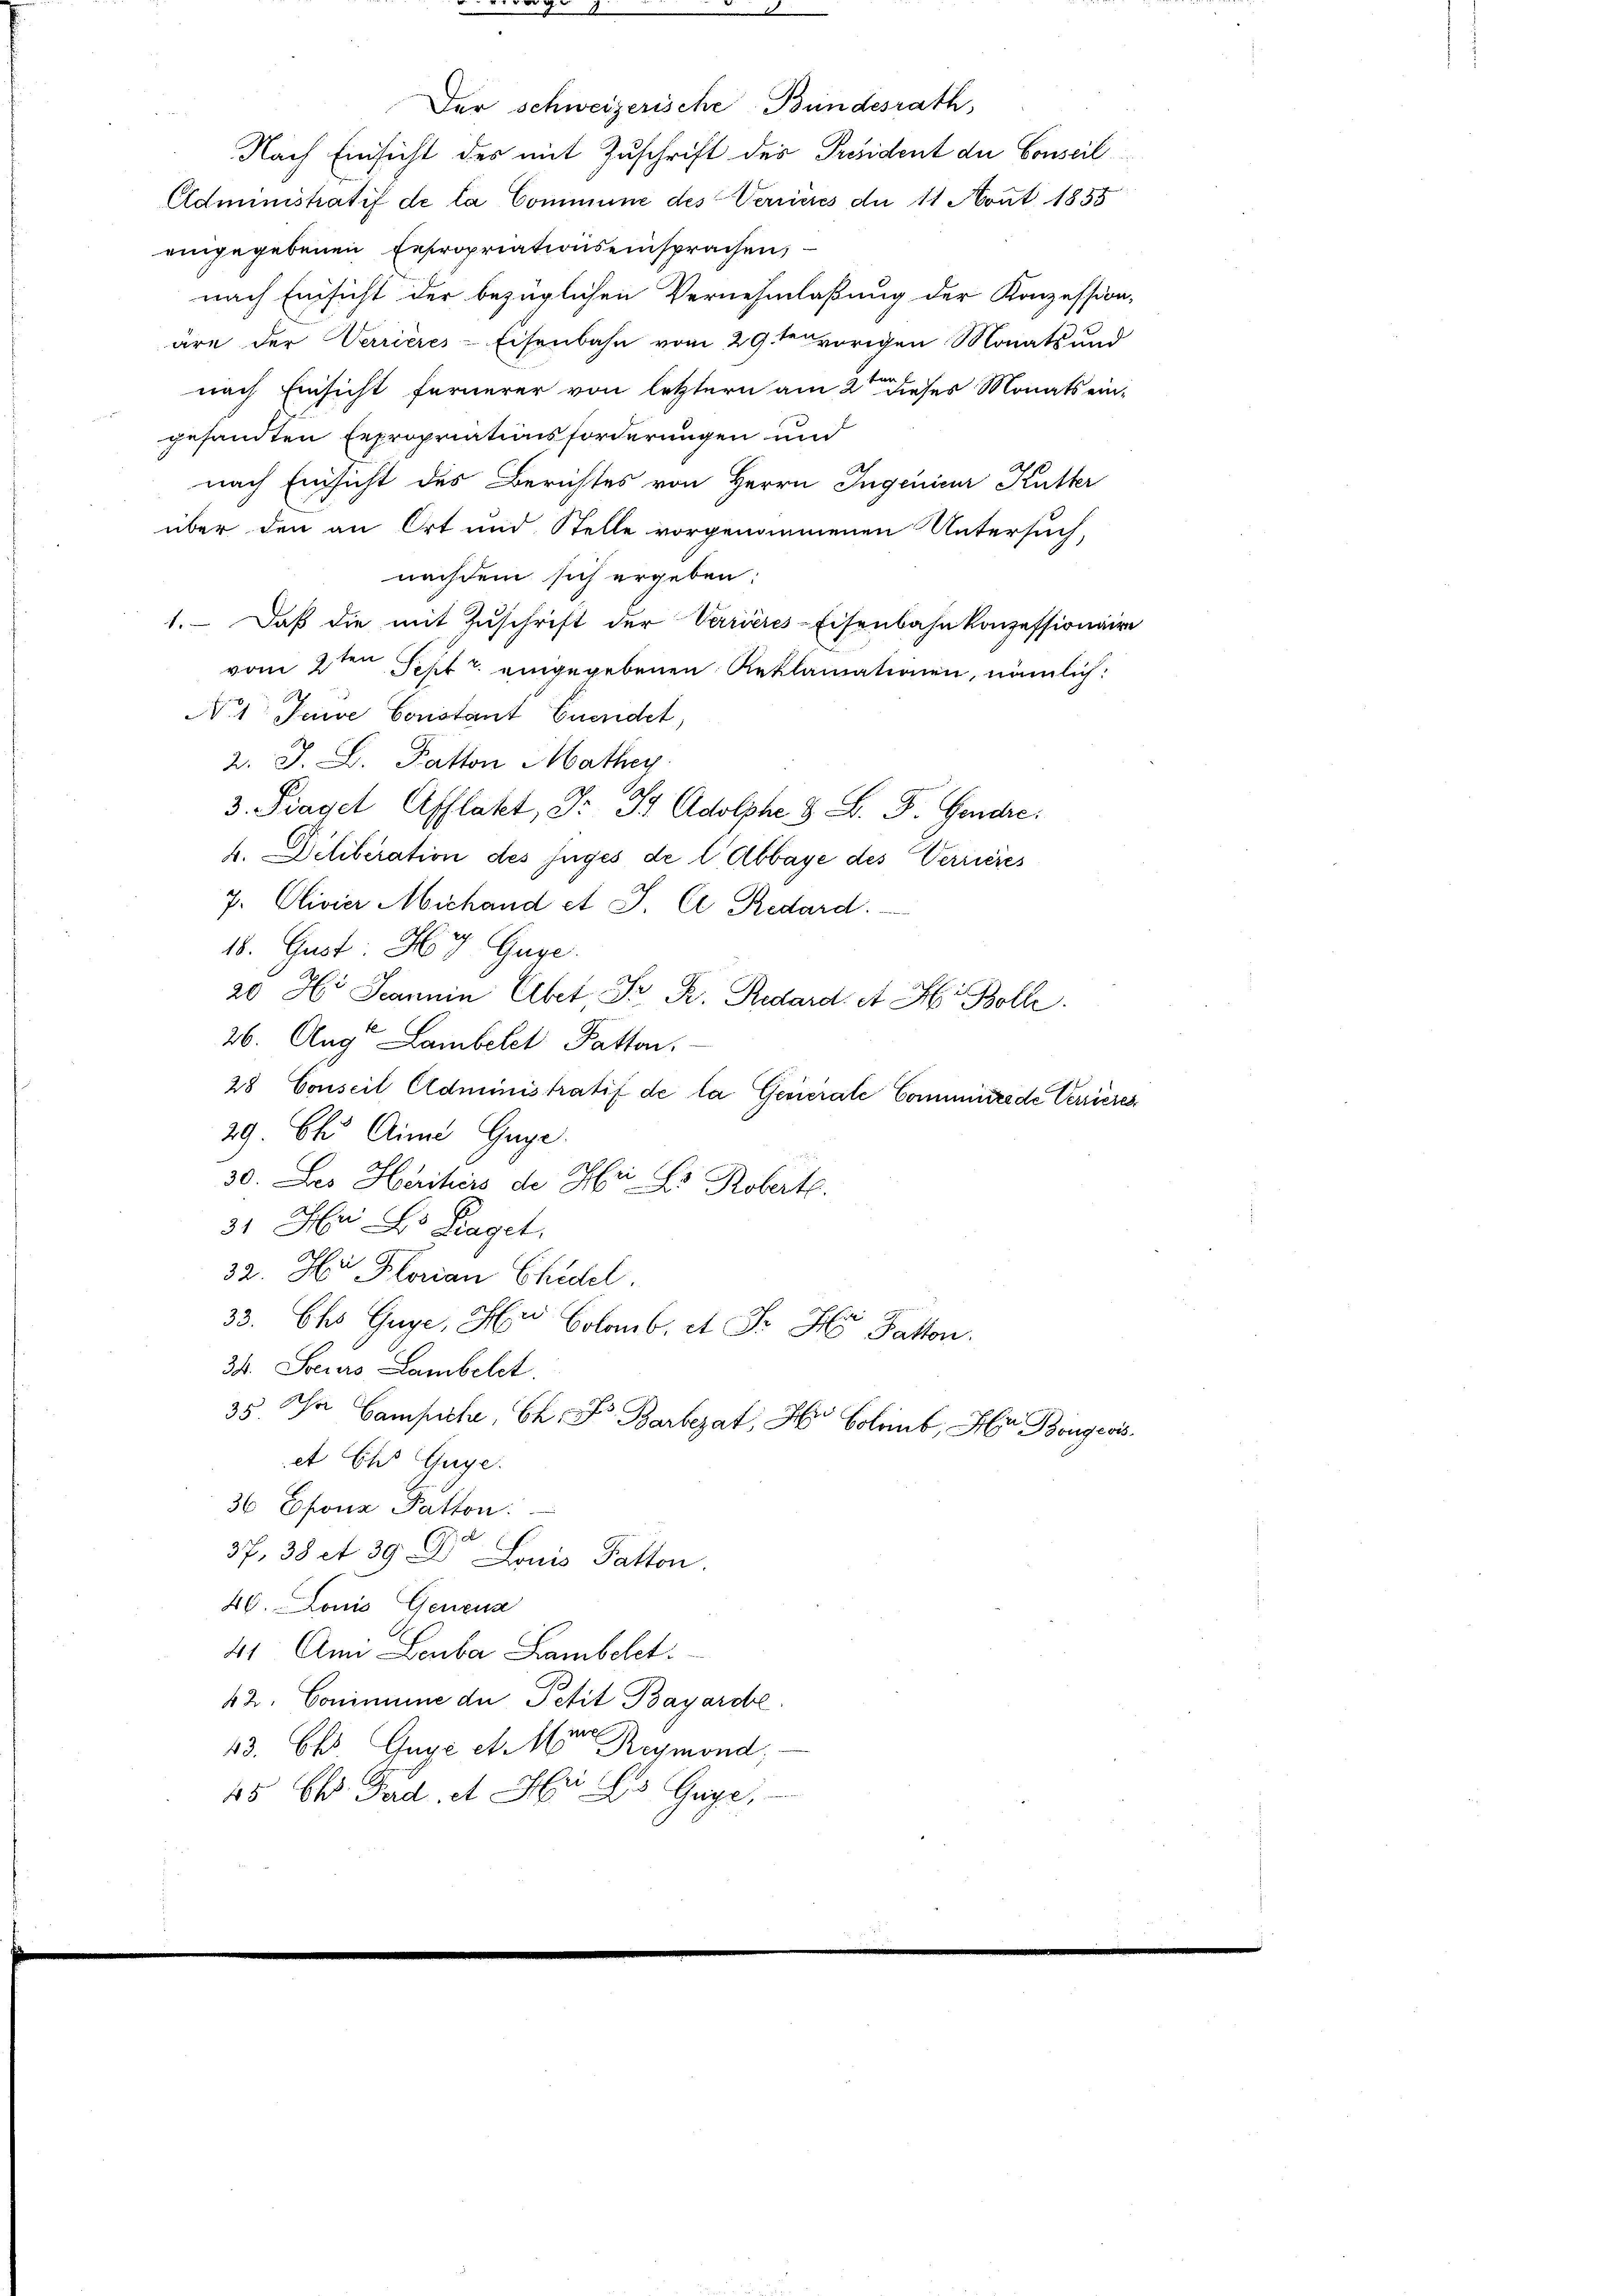
Der Schweizerische Bundesrath,
Nach Einsicht des mit Zuschrift des Präsident der Conseil
Administratif de la Commune des Verrieres du 11 Nout 1855
eingegebenen Expropriationseinsprachen,
nach Einsicht der bezüglichen Vernehmlaßung der Konzession,
äre der Verrières-Eisenbahn vom 29ten vorigen Monats und
nach Einsicht fernerer von letztern am 2ten dieses Monats eingesandten Expropriationsforderungen und
nach Einsicht des Berichtes von Herrn Ingenieur Kutter
über den an Ort und Stelle vorgenommenen Untersuch,
nachdem sich ergeben:
1. Daß die mit Zuschrift der Varieres-Eisenbahnkonzessionaire
vom 2ten Sept v. eingegebenen Reklamationen, nämlich:
No 1 Juive Constant Euendet,
2. J. B. Patton Mathey
3. Siegel Afflatt, Dr J. Adolphe 8 S. D. Gendre
b. Deliberation des juges de l’Abbaye des Verrieres
7. Clivier Michand et J. Ce Redard.
18. Gust: Hy Guge.
20 H. Joannin Aber Fr. R. Redard. et H. Boll
26. Aug. Lambelct Patton,
28 Conseil Administratif de la Gevierate Comminrede Verrieres
29. Ch. Ain Gege
30. Des Heritiers de Hr Dr. Robert.
3. In Dr. Klaget.
32. Hr. Florian Chudel.
33. Chs Guge, Hr. Glaub. et Dr H Paston.
34. Steurs Lambelt.
35. Da Campicher, Ch. Fr. Barbezat Hr. Bolent, in Bongewiset Ehr Gage.
36 Efonz Patton.
37, 38 et 39. Dr Louis Patton.
46. Louis Genera
41 Ami Leuba Lambekct:
42. Conimune der Petit Bayarde.
43. Chr. Guge et 10ten Reymond,
15 Ch. Fad. et der des Guye,